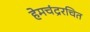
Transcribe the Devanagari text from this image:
हेमचंद्ररचित